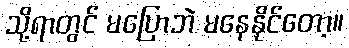
သို့ရာတွင် မပြောဘဲ မနေနိုင်တော့။